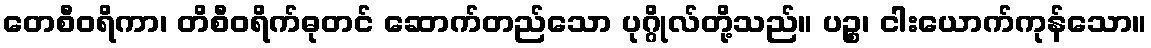
တေစီဝရိကာ၊ တိစီဝရိက်ဓုတင် ဆောက်တည်သော ပုဂ္ဂိုလ်တို့သည်။ ပဉ္စ၊ ငါးယောက်ကုန်သော။